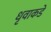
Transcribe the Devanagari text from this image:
धृवाकडे